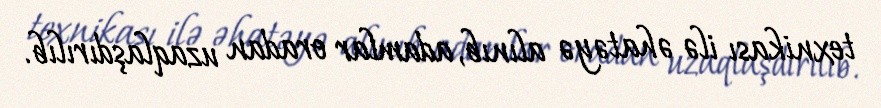
texnikası ilə əhatəyə alınıb, adamlar oradan uzaqlaşdırılıb.